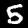
Digit: 5